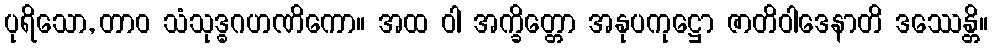
ပုရိသော, တာဝ သံသုဒ္ဓဂဟဏိကော။ အထ ဝါ အက္ခိတ္တော အနုပကုဋ္ဌော ဇာတိဝါဒေနာတိ ဒဿေန္တိ။